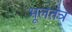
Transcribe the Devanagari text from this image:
भूलतंत्र